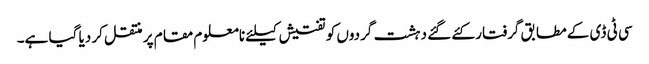
سی ٹی ڈی کے مطابق گرفتار کئے گئے دہشت گردوں کو تفتیش کیلئے نامعلوم مقام پر منتقل کر دیا گیا ہے۔